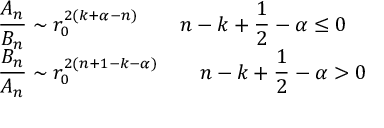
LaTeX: \begin{array} { l } { { \displaystyle { \frac { A _ { n } } { B _ { n } } } \sim r _ { 0 } ^ { 2 \left( k + \alpha - n \right) } \qquad n - k + \frac { 1 } { 2 } - \alpha \leq 0 } } \\ { { \displaystyle { \frac { B _ { n } } { A _ { n } } } \sim r _ { 0 } ^ { 2 \left( n + 1 - k - \alpha \right) } \qquad n - k + \frac { 1 } { 2 } - \alpha > 0 } } \end{array}